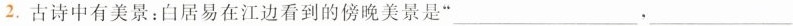
2.古诗中有美景：白居易在江边看到的傍晚美景是”___